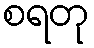
စရတု